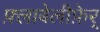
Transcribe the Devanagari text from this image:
फ़्लाबेलीफ़ेर्